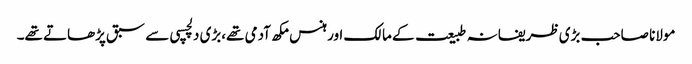
مولانا صاحب بڑی ظریفانہ طبیعت کے مالک اور ہنس مکھ آدمی تھے،بڑی دلچسپی سے سبق پڑھاتے تھے۔